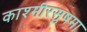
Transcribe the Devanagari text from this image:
काश्मीरसुषमा